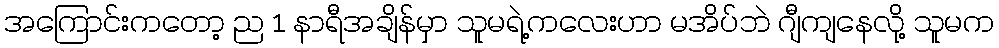
အကြောင်းကတော့ ည 1 နာရီအချိန်မှာ သူမရဲ့ကလေးဟာ မအိပ်ဘဲ ဂျီကျနေလို့ သူမက